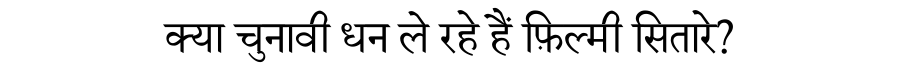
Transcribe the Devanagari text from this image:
क्या चुनावी धन ले रहे हैं फ़िल्मी सितारे?